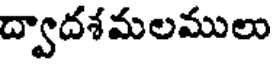
ద్వాదశమలములు